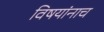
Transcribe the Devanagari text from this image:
विषयांनाच